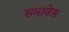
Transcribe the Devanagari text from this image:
समावेस